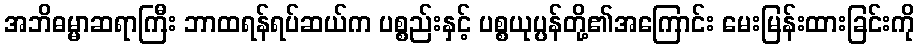
အဘိဓမ္မာဆရာကြီး ဘာထရန်ရပ်ဆယ်က ပစ္စည်းနှင့် ပစ္စယုပ္ပန်တို့၏အကြောင်း မေးမြန်းထားခြင်းကို